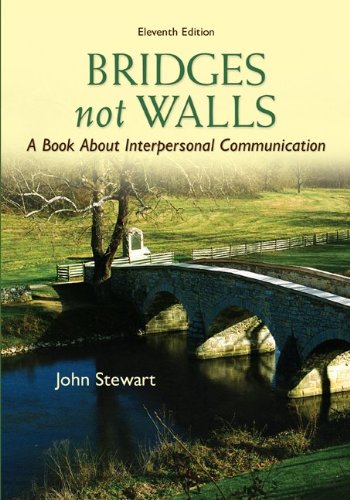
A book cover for Bridges Not Walls: A Book About Interpersonal Communication; John Stewart; Medical Books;